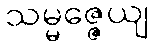
သမ္မဇ္ဇေယျ